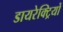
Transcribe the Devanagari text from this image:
डायरेक्ट्रियों